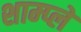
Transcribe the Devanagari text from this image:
शाम्प्लें